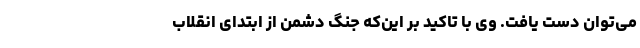
می‌توان دست یافت. وی با تاکید بر این‌که جنگ دشمن از ابتدای انقلاب